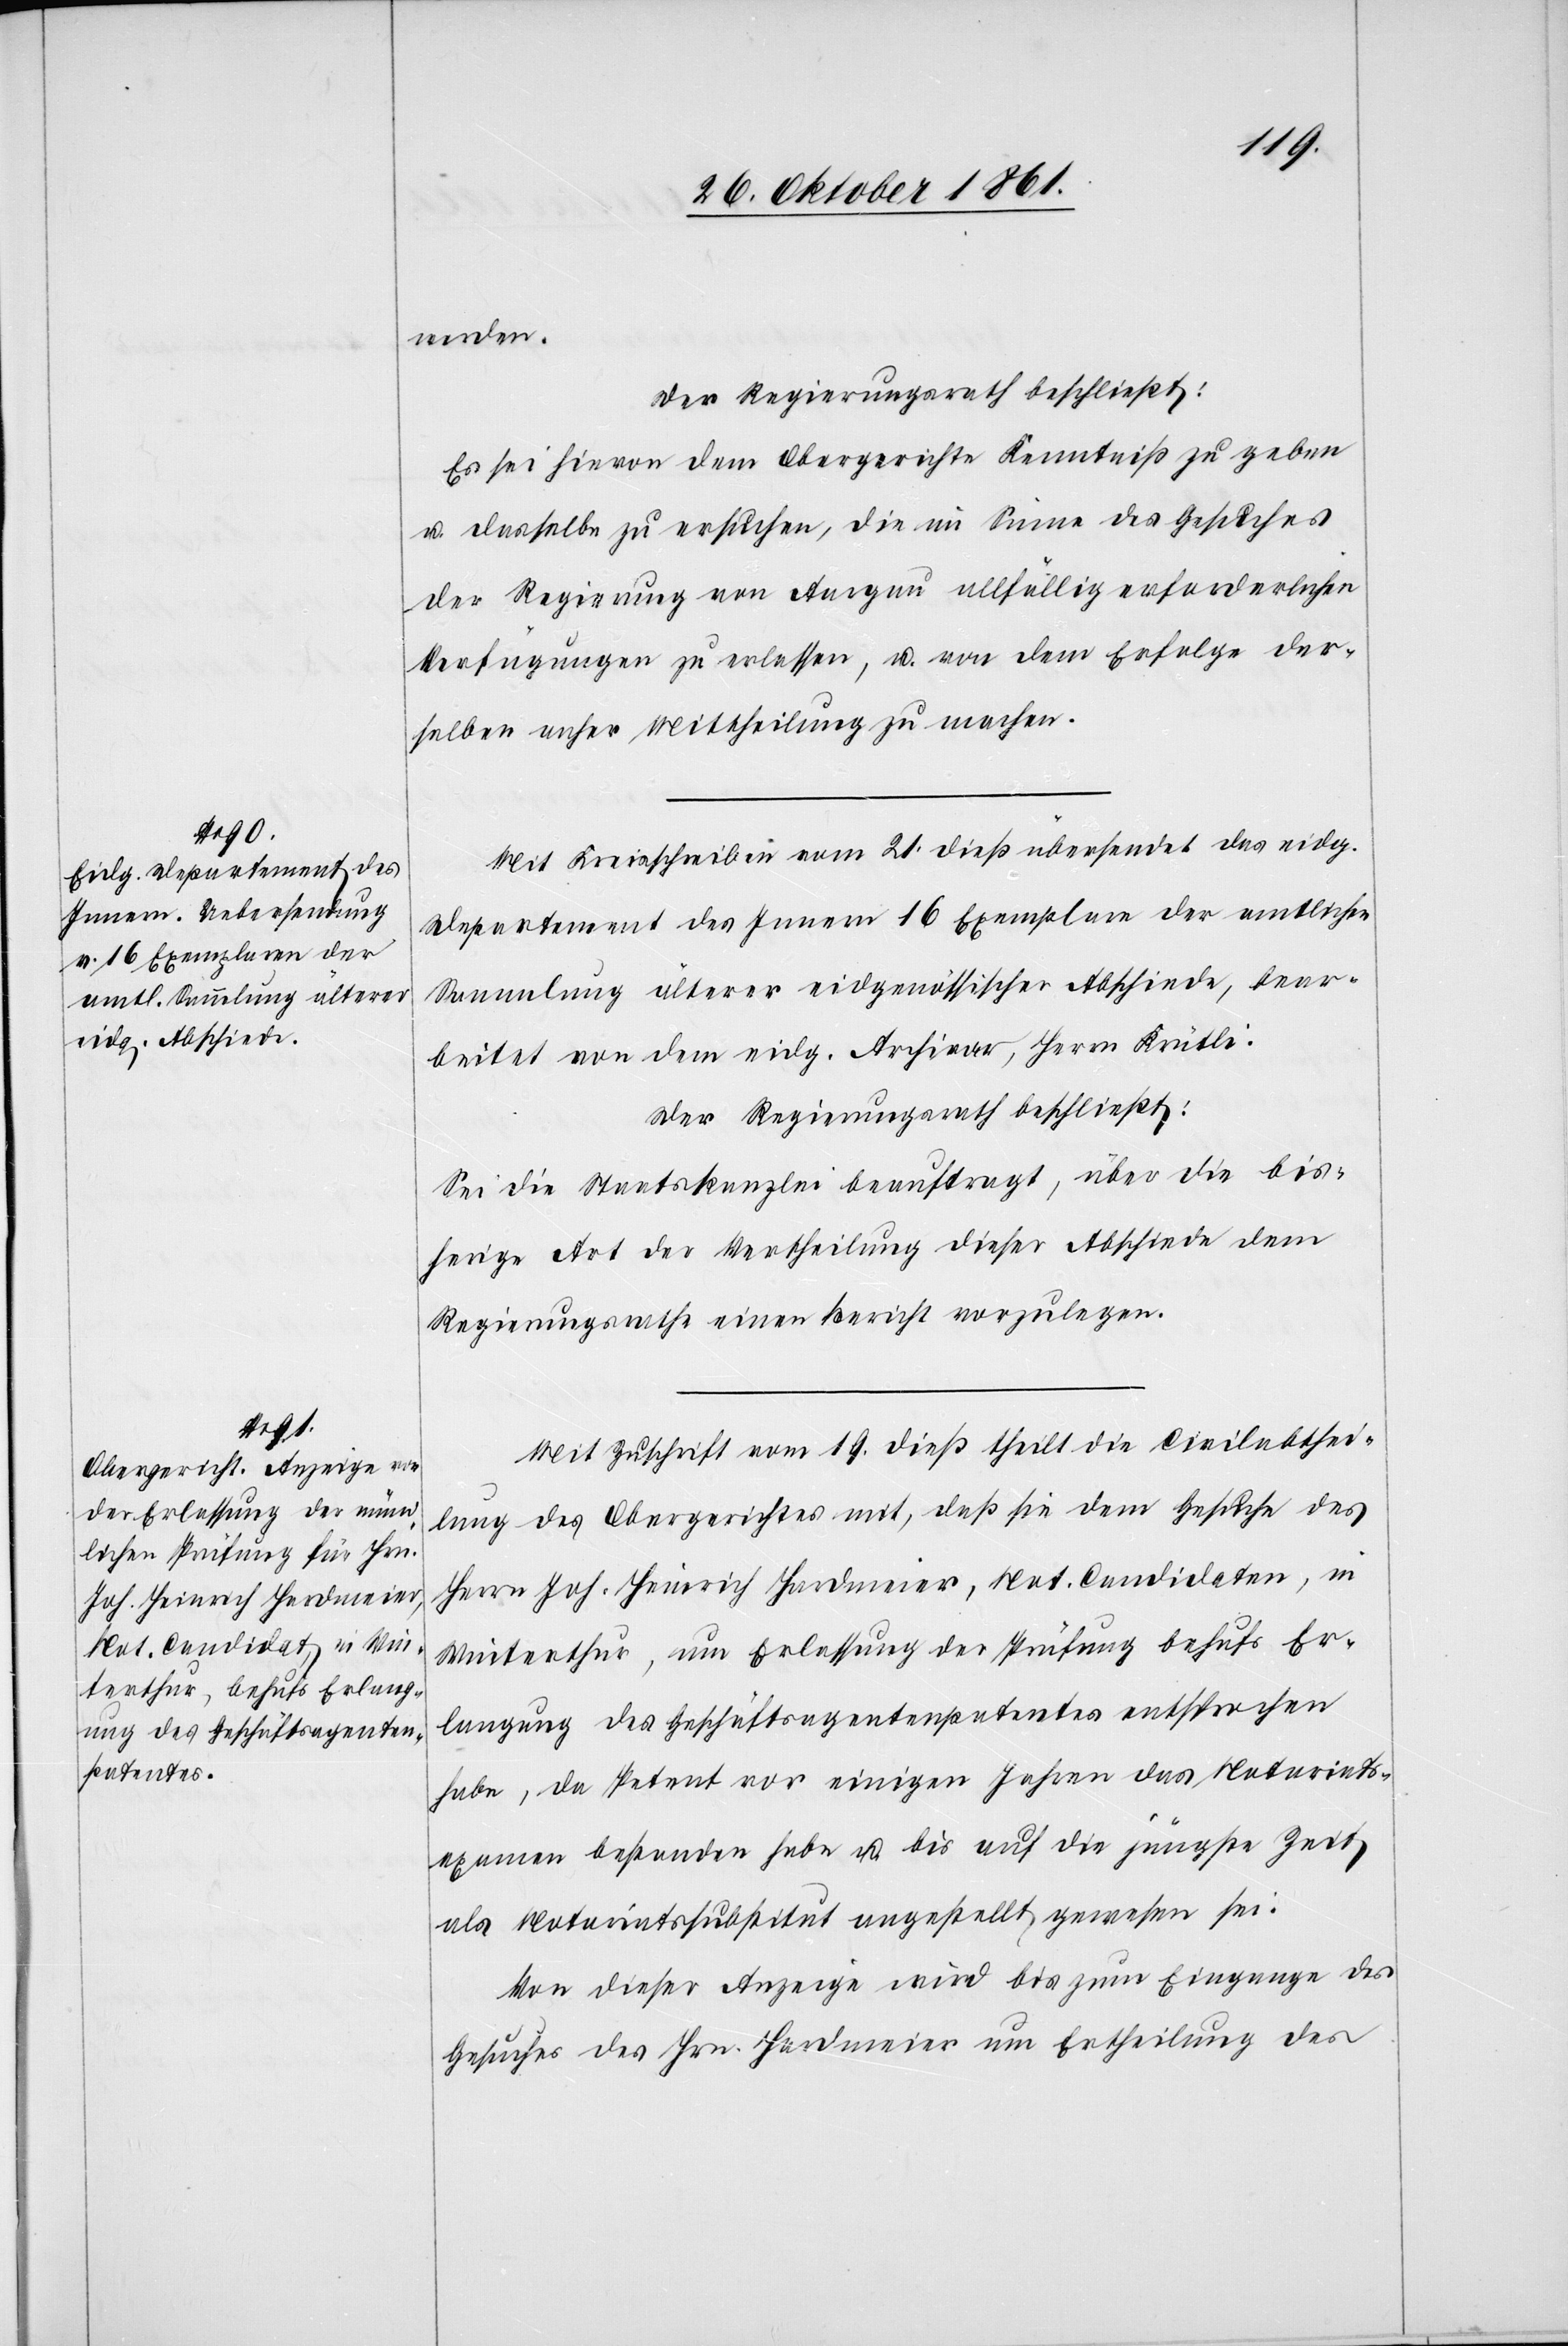
werden.
Der Regierungsrath beschließt:
Es sei hievon dem Obergerichte Kenntniß zu geben
u. dasselbe zu ersuchen, die im Sinne des Gesuches
der Regierung von Aargau allfällig erforderlichen
Verfügungen zu erlassen, u. von dem Erfolge der¬
selben anher, Mittheilung zu machen.
Mit Kreisschreiben vom 21 dieß übersendet des eidg.
Departement des Innern 16 Exemplare der amtlichen
Sammlung älterer eidgenössischer Abschiede, bear¬
beitet von dem eidg. Archivar, Herrn Krütli.
Der Regierungsrath beschließt:
Sei die Staatskanzlei beauftragt, über die bis¬
herige Art der Vertheilung dieser Abschiede dem
Regierungsrathe einen Bericht vorzulegen.
Mit Zuschrift vom 19 dieß theilt die Civilabthei¬
lung des Obergerichtes mit, daß sie dem Gesuche des
Herrn Joh. Heinrich Hardmeier, Nat. Candidaten, in
Winterthur, um Erlassung der Prüfung behufs Er¬
langung des Geschäftsagentenpatentes entsprochen
habe, da Petent vor einigen Jahren das Notariats¬
examen bestanden habe u. bis auf die jüngste Zeit
als Notariatssubstitut angestellt gewesen sei.
Von dieser Anzeige wird bis zum Eingange des
Gesuches des Hrn. Hardmeier um Ertheilung des